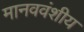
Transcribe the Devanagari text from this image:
मानववंशीय